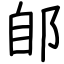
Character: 郋